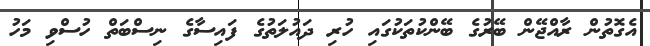
އެގޮތުން ރާއްޖޭން ބޭރުގެ ބޭންކުތަކުގައި ހުރި ދައުލަތުގެ ފައިސާގެ ނިސްބަތް ހުސްވި މަހު